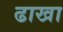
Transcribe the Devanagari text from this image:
ढाखा